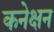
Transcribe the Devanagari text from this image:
कनेक्षन